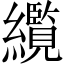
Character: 䌫